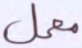
معمل